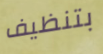
بتنظيف